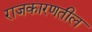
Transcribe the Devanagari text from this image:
राजकारणतील